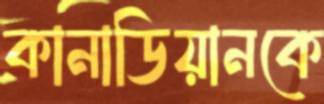
কানাডিয়ানকে